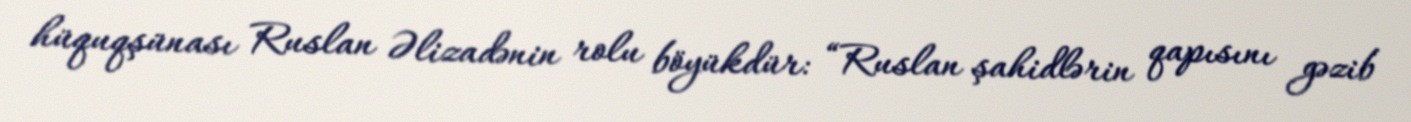
hüquqşünası Ruslan Əlizadənin rolu böyükdür: “Ruslan şahidlərin qapısını gəzib